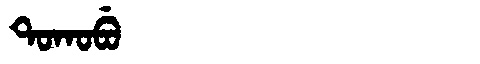
Manchu: ᡨᠣᡴᠣᠪᡠ
Romanization: TOKOBU